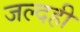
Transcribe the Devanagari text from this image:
जल्‍दही